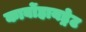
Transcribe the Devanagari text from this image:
कार्बोहायड्रेट